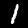
Label: 1